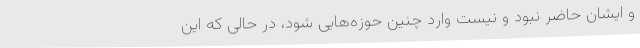
و ایشان حاضر نبود و نیست وارد چنین حوزه‌هایی شود، در حالی که این